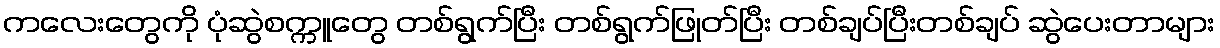
ကလေးတွေကို ပုံဆွဲစက္ကူတွေ တစ်ရွက်ပြီး တစ်ရွက်ဖြုတ်ပြီး တစ်ချပ်ပြီးတစ်ချပ် ဆွဲပေးတာများ